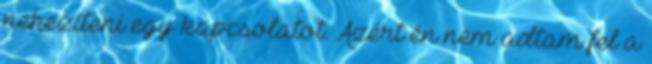
nehezíteni egy kapcsolatot. Azért én nem adtam fel a